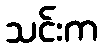
သင်းက